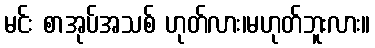
မင်း စာအုပ်အသစ် ဟုတ်လား၊မဟုတ်ဘူးလား။